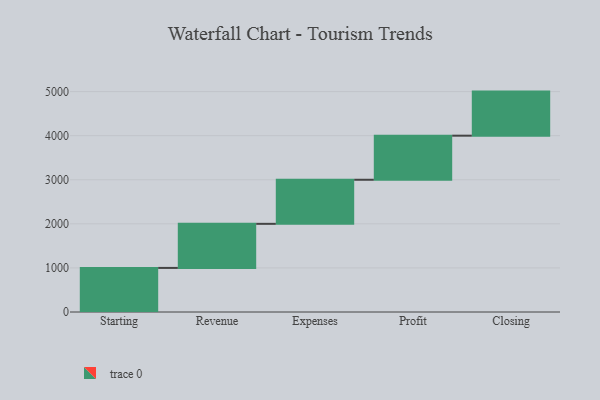
{"axis": {"x": "Step", "y": "Value"}, "legend": [""], "data": [{"x": "Starting", "y": 1000, "type": ""}, {"x": "Revenue", "y": 1000, "type": ""}, {"x": "Expenses", "y": 1000, "type": ""}, {"x": "Profit", "y": 1000, "type": ""}, {"x": "Closing", "y": 1000, "type": ""}]}